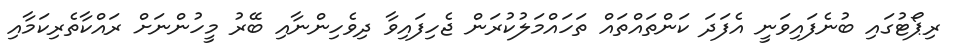
ރިޕޯޓުގައި ބުނެފައިވަނީ އެފަދަ ކަންތަައްތައް ތަހައްމަލުކުރަން ޖެހިފައިވާ ދިވެހިންނާއި ބޭރު މީހުންނަށް ރައްކާތެރިކަމާއި